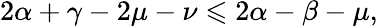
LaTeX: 2\alpha+\gamma-2\mu-\nu\leqslant 2\alpha-\beta-\mu,